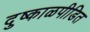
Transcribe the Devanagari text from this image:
दुष्काळपीडित